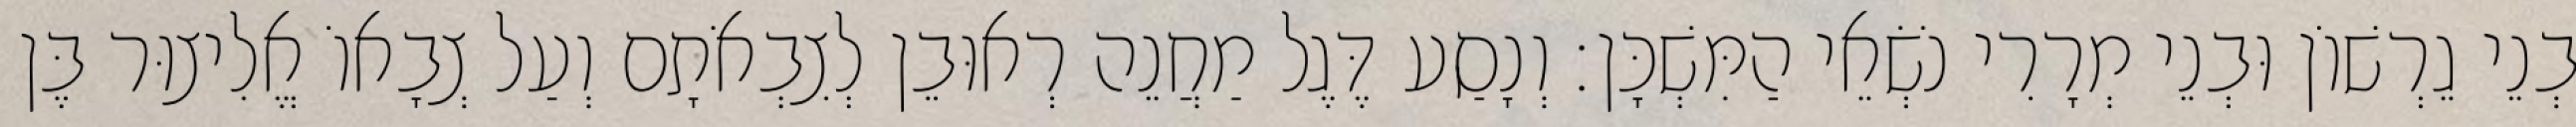
בְנֵי גֵרְשׁוֹן וּבְנֵי מְרָרִי נֹשְׂאֵי הַמִּשְׁכָּן׃ וְנָסַע דֶּגֶל מַחֲנֵה רְאוּבֵן לְצִבְאֹתָם וְעַל צְבָאוֹ אֱלִיצוּר בֶּן